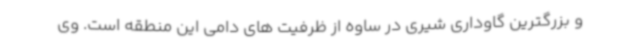
و بزرگترین گاوداری شیری در ساوه از ظرفیت های دامی این منطقه است. وی